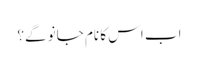
اب اس کا نام جانو گے؟